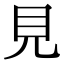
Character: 見